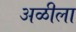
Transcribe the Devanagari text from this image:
अळीला